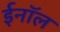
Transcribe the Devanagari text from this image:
ईनॉल